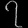
Digit: ၇